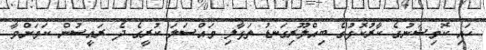
ހައި ކޮމިޝަނުގެ ކާރުކޮޅުގެ ބިއްލޫރިގަނޑު ތަޅާލި މައްސަލަ ކުރީގެ ދެ ރައީސުން ކަމަށްވާ